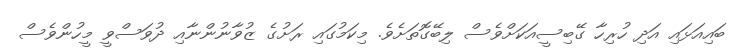
ބައިއަޅައި އަދި ހުރިހާ ގޭބިސީއަކަށްވެސް ލިބޭގޮތަށެވެ. މިކަމުގައި ރަށުގެ ޒުވާނުންނާއި ދުވަސްވީ މީހުންވެސް